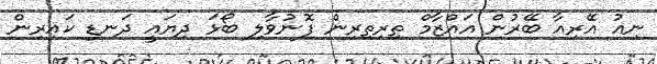
ނިއު އޭރިއާ ބޭރުން އައްޒާމް ތިރިތިރިން ފޮނުވާލި ބޯޅަ ދިޔައީ ދަނޑި ކައިރިން